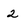
Character: 2